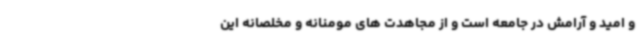
و امید و آرامش در جامعه است و از مجاهدت های مومنانه و مخلصانه این